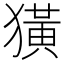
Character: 獚